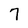
Character: 7